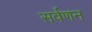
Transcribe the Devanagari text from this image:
सर्वणन